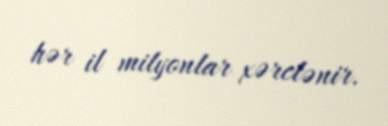
hər il milyonlar xərclənir.